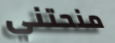
منحتني